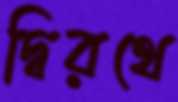
দ্বিরথে